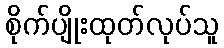
စိုက်ပျိုးထုတ်လုပ်သူ